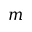
m